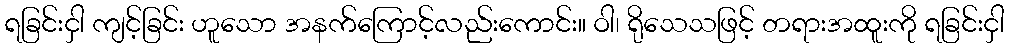
ရခြင်းငှါ ကျင့်ခြင်း ဟူသော အနက်ကြောင့်လည်းကောင်း။ ဝါ၊ ရိုသေသဖြင့် တရားအထူးကို ရခြင်းငှါ